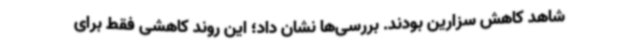
شاهد کاهش سزارین بودند. بررسی‌ها نشان داد؛ این روند کاهشی فقط برای